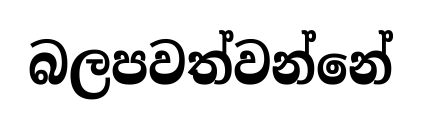
බලපවත්වන්නේ